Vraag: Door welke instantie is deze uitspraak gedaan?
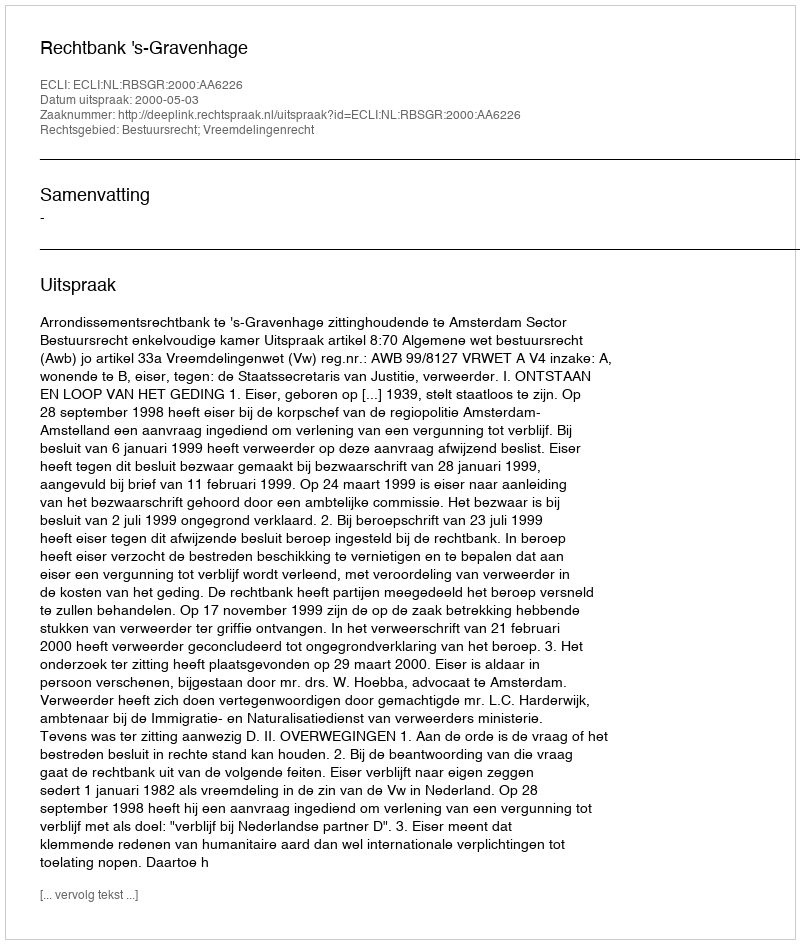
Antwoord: Rechtbank 's-Gravenhage